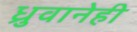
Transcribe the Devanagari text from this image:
ध्रुवानेही